system: You are a helpful assistant.
user:
Analyze the provided spectrum to determine if it is a **"Cataclysmic Variables (CV)"**.

- **Key Indicators for CV (Check for either state):**
    - **State 1: Quiescent / Low-State (Emission-Dominated)**
        - **(Primary):** Strong and *very broad* Hydrogen Balmer emission lines (e.g., $H\alpha$ at 6563 Å, $H\beta$ at 4861 Å). The 'broadness' (high velocity dispersion, often FWHM > 1000 km/s) is the key diagnostic, indicating a high-velocity accretion disk.
        - **(Secondary):** Broad neutral Helium (He I) emission lines (e.g., 5876 Å, 6678 Å).
        - **(Key Confirmation):** Presence of high-excitation *ionized* Helium (He II) emission at 4686 Å. This is a strong indicator of accretion onto a white dwarf.
        - **(Line Profile):** Emission lines may exhibit a 'double-peaked' profile, which is a classic signature of a rotating accretion disk viewed at high inclination.

    - **State 2: Outburst / High-State (Absorption-Dominated)**
        - **(Primary):** Spectrum is dominated by a bright, blue continuum (looks like a hot star).
        - **(Secondary):** The emission lines from State 1 are weak, absent, or 'filled in', and are replaced by broad, shallow *absorption* lines (primarily Balmer and He I).
        - **(Morphology):** The overall spectrum mimics a hot B/A-type star. The crucial difference is that the absorption lines are significantly broader, shallower, and more 'washed-out' (or 'smeared') than the sharp lines of a normal stellar photosphere, due to high rotational speeds and pressure broadening in the disk.

Think first, call **spectral_visualization_tool** if needed to examine features in detail, then provide your final answer. Your response must adhere to the following strict rules:
1.  **Overall Structure:** Your response must follow the format `<think>...</think> <tool_call>...</tool_call> (if a tool is used) <answer>...</answer>`.
2.  **Tool Usage Constraint:** You may only make **one** tool call per turn.
3.  **Final Answer Format:** In the `<answer>` tag, your conclusion must be inside a `\boxed{}` command (e.g., `\boxed{YES}`), followed by your justification.

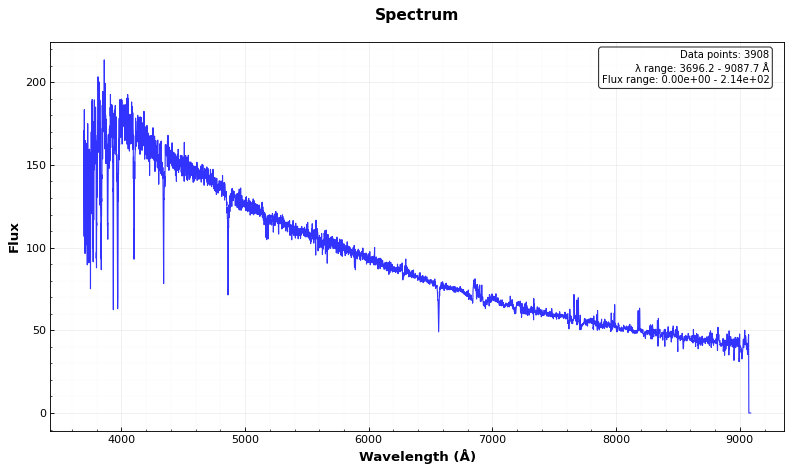
Answer: NO